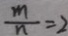
\frac { m } { n } = 2